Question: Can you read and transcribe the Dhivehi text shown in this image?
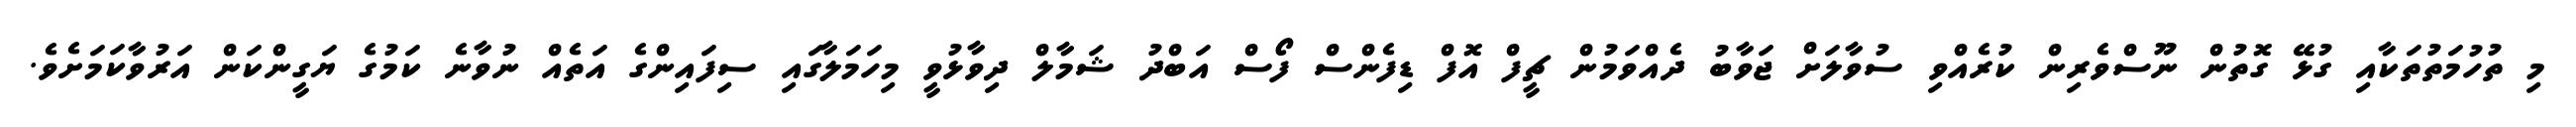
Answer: މި ތުހުމަތުތަކާއި ގުޅޭ ގޮތުން ނޫސްވެރިން ކުރެއްވި ސުވާލަށް ޖަވާބު ދެއްވަމުން ޗީފް އޮފް ޑިފެންސް ފޯސް އަބްދު ޝަމާލް ދިވާޅުވީ މިހަމަލާގައި ސިފައިންގެ އަތެއް ނުވާނެ ކަމުގެ ޔަގީންކަން އަރުވާކަމަށެވެ.